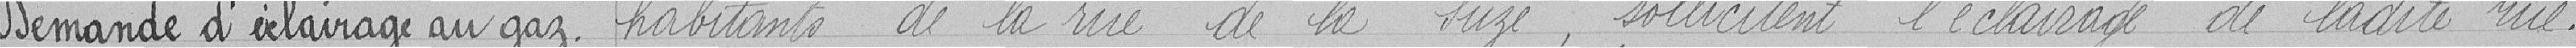
Demande d'éclairage au gaz        habitants de la rue de la Suze, sollicitent l'éclairage de ladite rue.